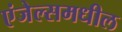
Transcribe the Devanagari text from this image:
एंजेल्समधील